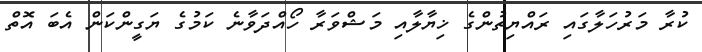
ކުރާ މަރުހަލާގައި ރައްޔިތުންގެ ޚިޔާލާއި މަޝްވަރާ ހޯއްދަވާނެ ކަމުގެ ޔަގީންކަން އެބަ އޮތް